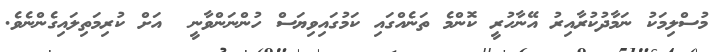
މުސްލިމަކު ނަމާދުކުރާއިރު އޭނާހުރީ ކޮންމެ ތަނެއްގައި ކަމުގައިވިޔަސް ހުންނަންވާނީ  އަށް ކުރިމަތިލައިގެންނެވެ.